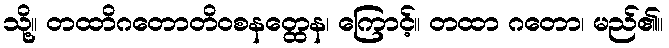
သို့။ တထာိဂတောတိဝစနတ္ထေန၊ ကြောင့်။ တထာ ဂတော၊ မည်၏။